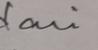
Signature authenticity: genuine